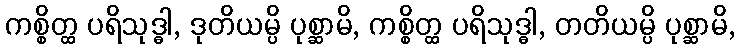
ကစ္စိတ္ထ ပရိသုဒ္ဓါ, ဒုတိယမ္ပိ ပုစ္ဆာမိ, ကစ္စိတ္ထ ပရိသုဒ္ဓါ, တတိယမ္ပိ ပုစ္ဆာမိ,